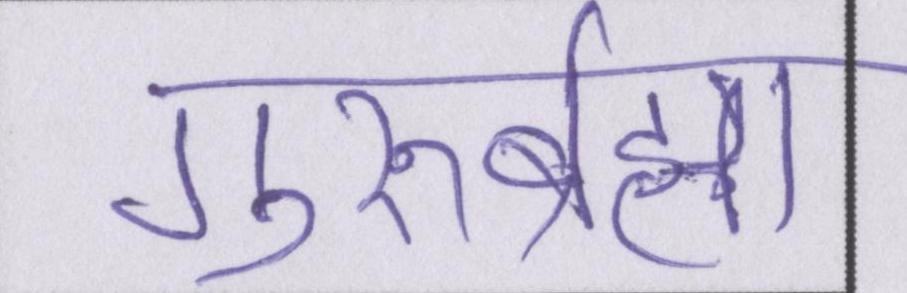
गुरुर्ब्रह्मा